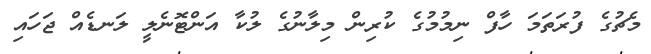
މެޗުގެ ފުރަތަމަ ހާފް ނިމުމުގެ ކުރިން މިލާނުގެ ލުކާ އަންޓޮނެލީ ލަނޑެއް ޖަހައި